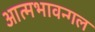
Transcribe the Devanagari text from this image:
आत्मभावन्गल